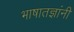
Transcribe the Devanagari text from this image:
भाषातज्ञांनी